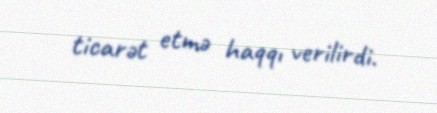
ticarət etmə haqqı verilirdi.